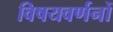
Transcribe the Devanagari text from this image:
विषयवर्णनों